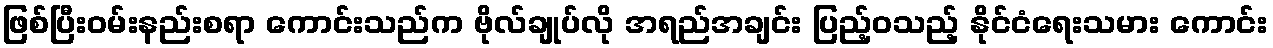
ဖြစ်ပြီးဝမ်းနည်းစရာ ကောင်းသည်က ဗိုလ်ချုပ်လို အရည်အချင်း ပြည့်ဝသည့် နိုင်ငံရေးသမား ကောင်း